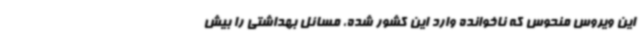
این ویروس منحوس که ناخوانده وارد این کشور شده، مسائل بهداشتی را بیش